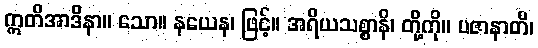
ဣတိအာဒိနာ။ သော။ နယေန၊ ဖြင့်။ အရိယသစ္စာနိ၊ တို့ကို။ ပဇာနာတိ၊